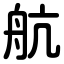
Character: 航